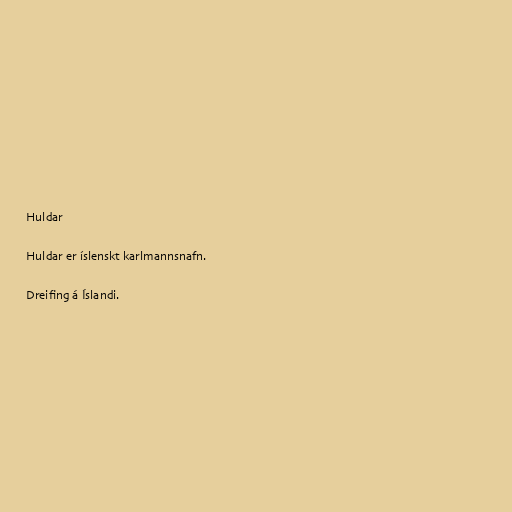
Huldar

Huldar er íslenskt karlmannsnafn.

Dreifing á Íslandi.